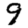
Digit: 9